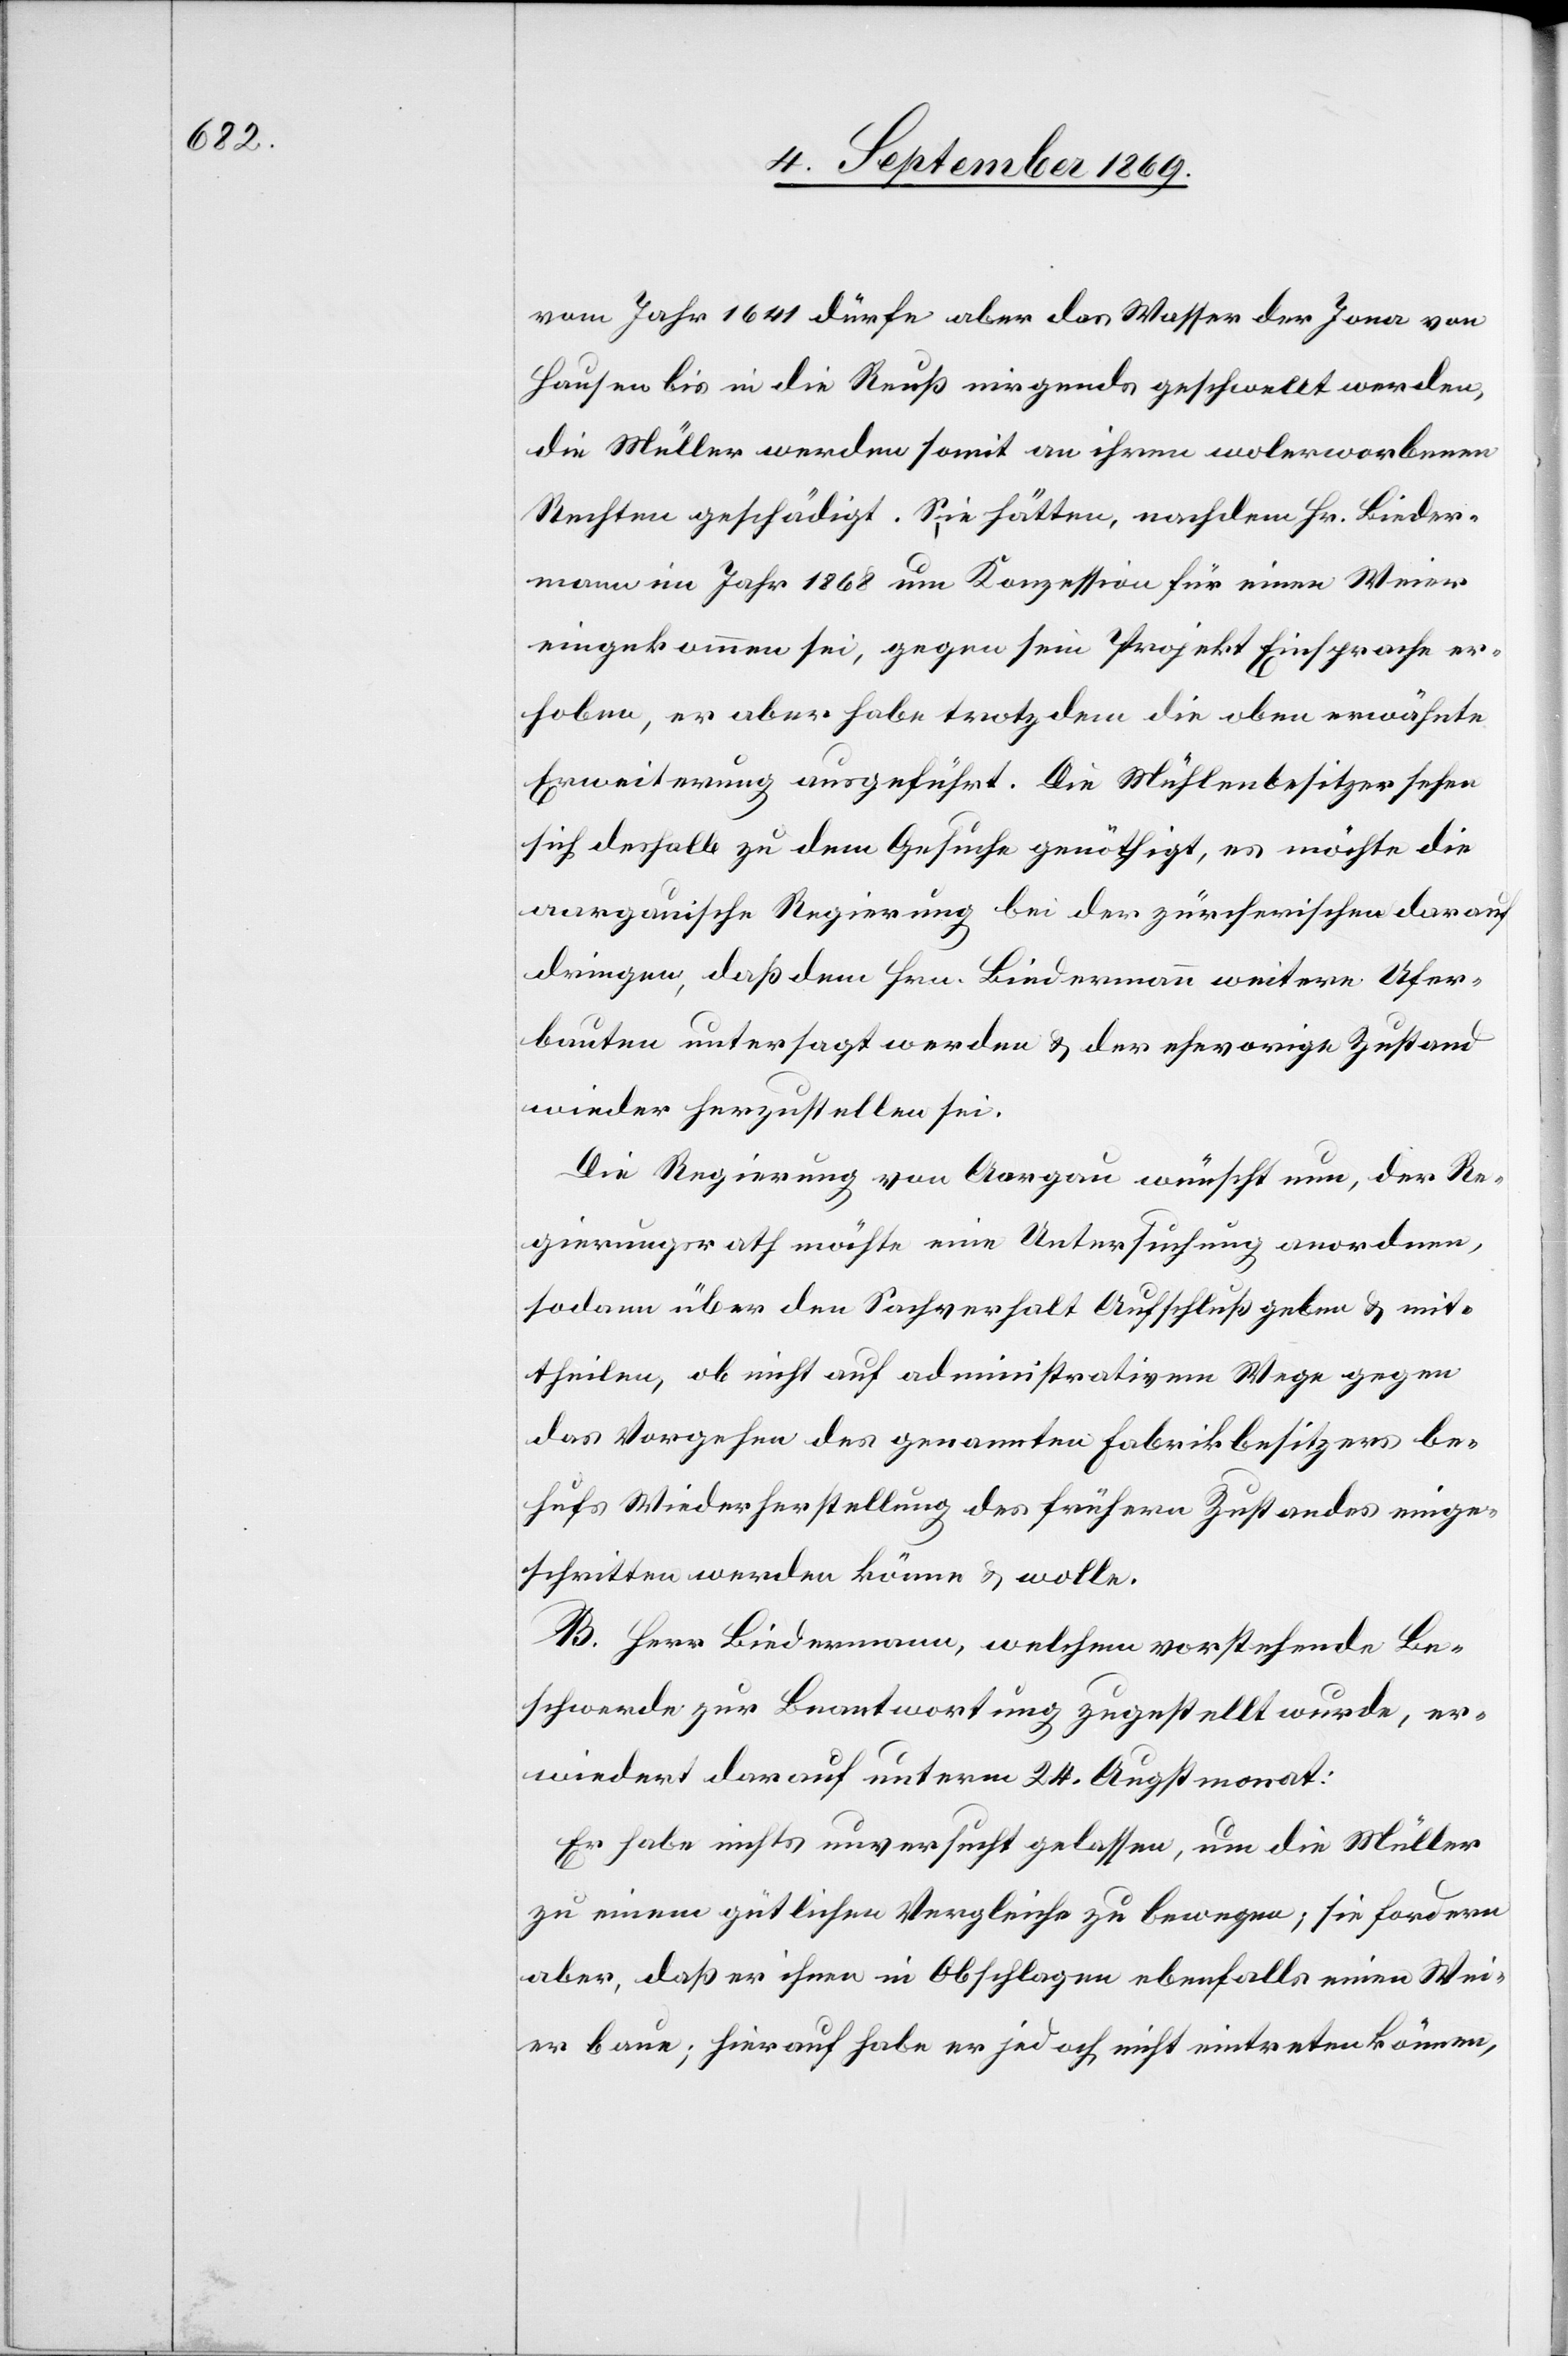
vom Jahr 1641 dürfe aber das Wasser der Jona von
Hausen bis in die Reuß nirgends geschwellt werden,
die Müller werden somit an ihren wolerworbenen
Rechten geschädigt. Sie hätten, nachdem Hr. Bieder¬
mann im Jahr 1868 um Konzession für einen Weier
eingekommen sei, gegen sein Projekt Einsprache er¬
hoben, er aber habe trotzdem die oben erwähnte
Erweiterung ausgeführt. Die Mühlenbesitzer sehen
sich deshalb zu dem Gesuche genöthigt, es möchte die
aargauische Regierung bei der zürcherischen darauf
dringen, daß dem Hrn. Biedermann weitere Ufer¬
bauten untersagt werden & der ehevorige Zustand
wieder herzustellen sei.
Die Regierung von Aargau wünscht nun, der Re¬
gierungsrath möchte eine Untersuchung anordnen,
sodann über den Sachverhalt Aufschluß geben & mit¬
theilen, ob nicht auf administrativem Wege gegen
das Vorgehen des genannten Fabrikbesitzers be¬
hufs Wiederherstellung des frühern Zustandes einge¬
schritten werden könne & wolle.
B. Herr Biedermann, welchem vorstehende Be¬
schwerde zur Beantwortung zugestellt wurde, er¬
wiedert darauf unterm 24. Augstmonat:
Er habe nichts unversucht gelassen, um die Müller
zu einem gütlichen Vergleiche zu bewegen; sie fordern
aber, daß er ihnen in Obschlagen ebenfalls einen Wei¬
er baue; hierauf habe er jedoch nicht eintreten können,